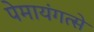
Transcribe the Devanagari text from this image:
पेमायंगत्से